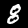
Digit: 8